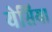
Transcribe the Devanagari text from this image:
येसिया